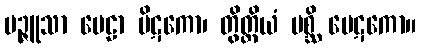
မဉ္ဇူသာ ပေဠာ ပိဋကော၊ တွိတ္ထိယံ ပစ္ဆိ ပေဋကော။